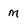
Character: m